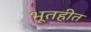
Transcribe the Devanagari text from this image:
भूतहीत